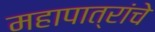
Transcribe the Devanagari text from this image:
महापात्रांचे